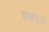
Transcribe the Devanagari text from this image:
सच्चाइयाँ